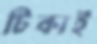
টিকাই